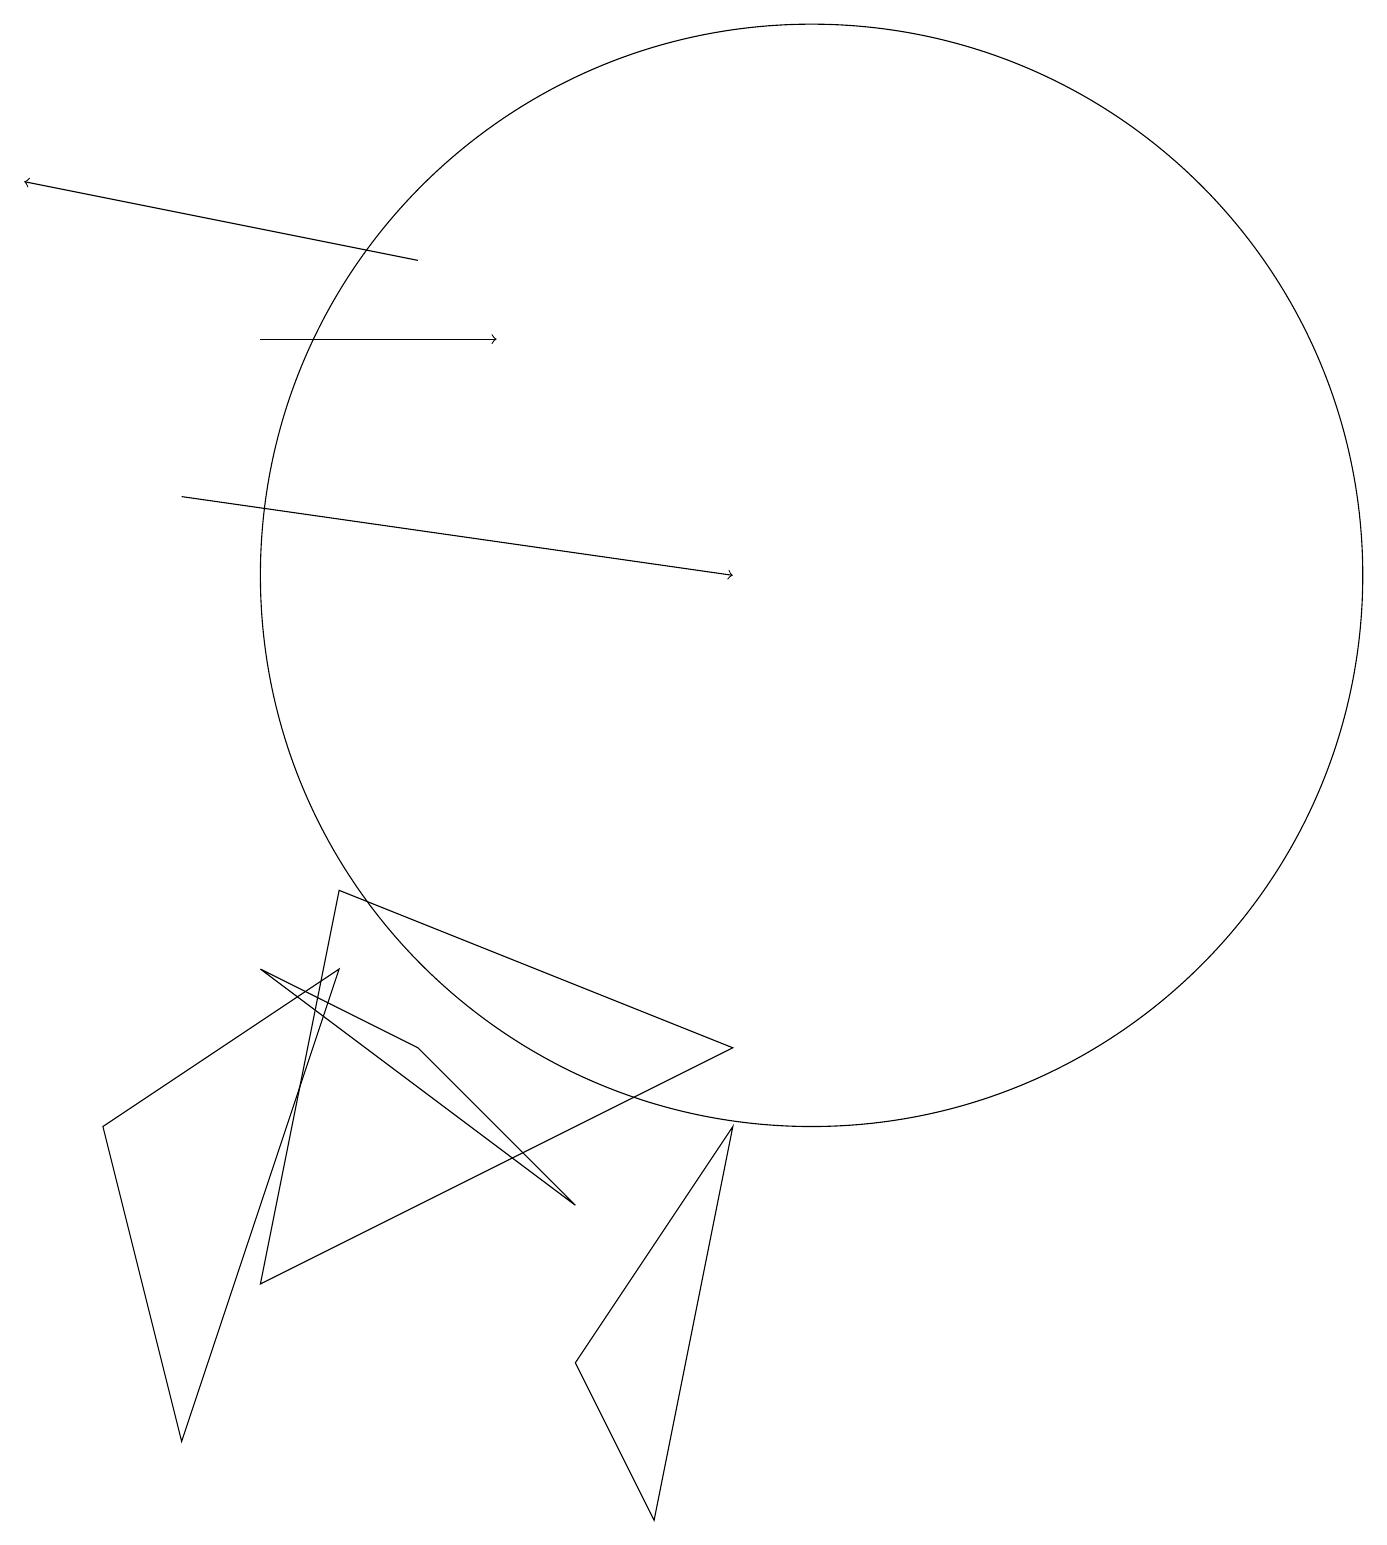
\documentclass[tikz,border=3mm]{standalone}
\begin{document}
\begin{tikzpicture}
\draw (10,12) circle (7);
\draw (2,1) -- (1,5) -- (4,7) -- cycle;
\draw (8,0) -- (9,5) -- (7,2) -- cycle;
\draw (3,3) -- (4,8) -- (9,6) -- cycle;
\draw[->] (5,16) -- (0,17);
\draw[->] (2,13) -- (9,12);
\draw (5,6) -- (7,4) -- (3,7) -- cycle;
\draw[->] (3,15) -- (6,15);
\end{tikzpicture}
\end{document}